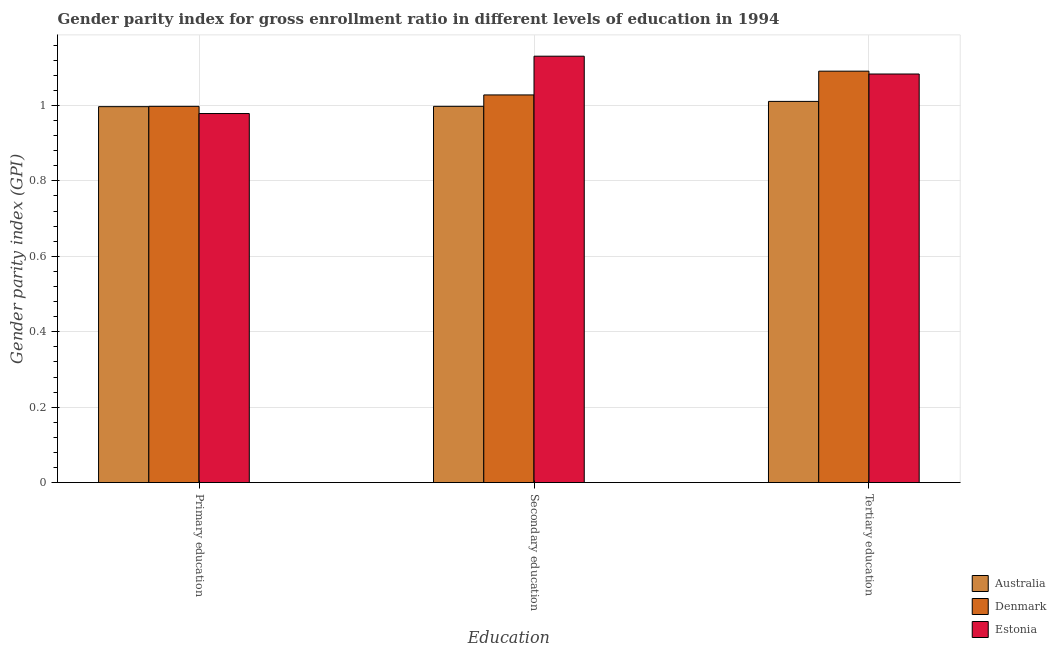
| Education | Australia | Denmark | Estonia |
 | --- | --- | --- | --- |
 | Primary education | 0.997 | 0.998 | 0.979 |
 | Secondary education | 0.998 | 1.03 | 1.13 |
 | Tertiary education | 1.01 | 1.09 | 1.08 |